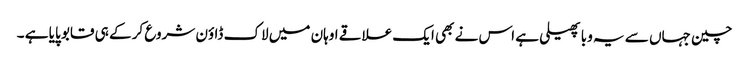
چین جہاں سے یہ وبا پھیلی ہے اس نے بھی ایک علاقے اوہان میں لاک ڈاؤن شروع کر کے ہی قابو پایا ہے ۔